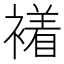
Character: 𧝙